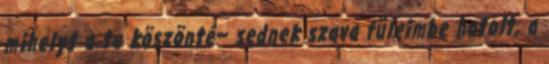
mihelyt a te köszönté− sednek szava füleimbe hatolt, a